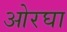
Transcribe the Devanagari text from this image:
ओरघा